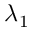
\lambda _ { 1 }